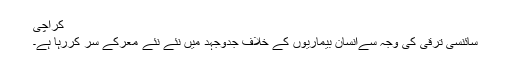
کراچی
سائنسی ترقی کی وجہ سےانسان بیماریوں کے خلاف جدوجہد میں نئے نئے معرکے سر کررہا ہے۔